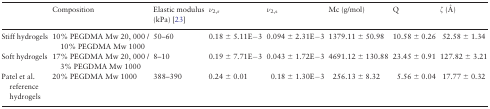
|  | Composition | Elastic modulus (kPa) [23] | ν2,r | ν2,s | Mc (g/mol) | Q | ζ (Å) |
 | --- | --- | --- | --- | --- | --- | --- | --- |
 | Stiff hydrogels | 10% PEGDMA Mw 20, 000 / 10% PEGDMA Mw 1000 | 50–60 | 0.18 ± 5.11E−3 | 0.094 ± 2.31E−3 | 1379.11 ± 50.98 | 10.58 ± 0.26 | 52.58 ± 1.34 |
 | Soft hydrogels | 17% PEGDMA Mw 20, 000 / 3% PEGDMA Mw 1000 | 8–10 | 0.19 ± 7.71E−3 | 0.043 ± 1.72E−3 | 4691.12 ± 130.88 | 23.45 ± 0.91 | 127.82 ± 3.21 |
 | Patel et al. reference hydrogels | 20% PEGDMA Mw 1000 | 388–390 | 0.24 ± 0.01 | 0.18 ± 1.30E−3 | 256.13 ± 8.32 | 5.56 ± 0.04 | 17.77 ± 0.32 |